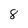
Character: 8